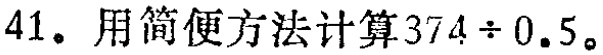
41。用简便方法计算\(374\div0.5\)。